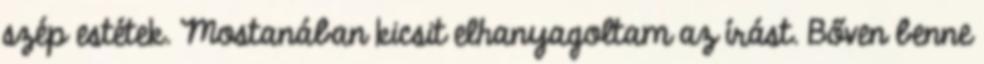
szép estétek. Mostanában kicsit elhanyagoltam az írást. Bőven benne